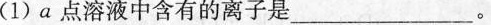
(1)a点溶液中含有的离子是_________。